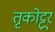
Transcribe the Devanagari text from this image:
तृकोट्टूर